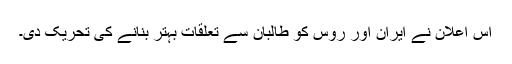
اس اعلان نے ایران اور روس کو طالبان سے تعلقات بہتر بنانے کی تحریک دی۔